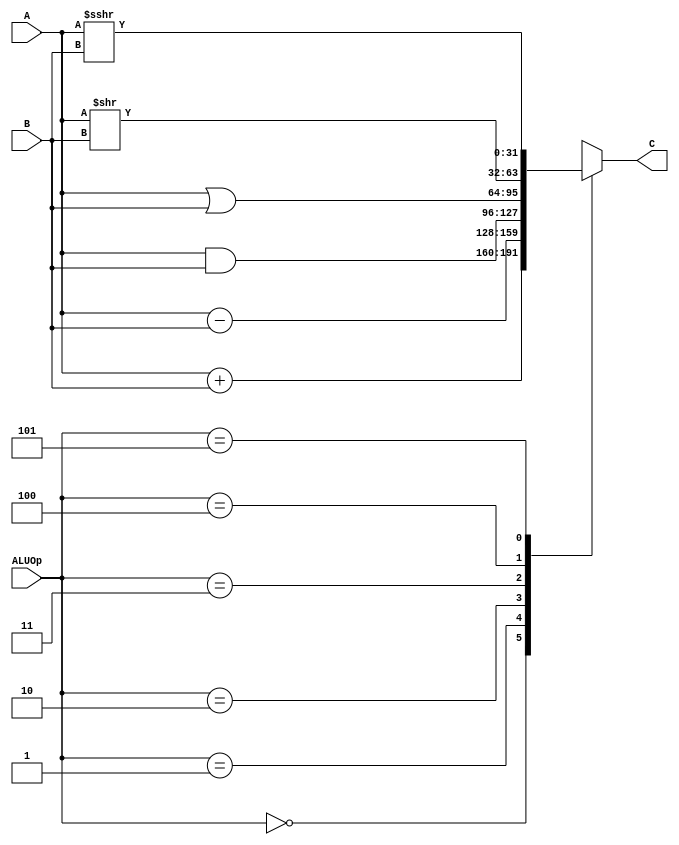
`timescale 1ns / 1ps
//////////////////////////////////////////////////////////////////////////////////
// Company: 
// Engineer: 
// 
// Design Name: 
// Module Name:    alu 
// Project Name: 
// Target Devices: 
// Tool versions: 
// Description: 
//
// Dependencies: 
//
// Revision: 
// Revision 0.01 - File Created
// Additional Comments: 
//
//////////////////////////////////////////////////////////////////////////////////
module alu(
    input [31:0] A,
    input [31:0] B,
    input [2:0] ALUOp,
    output reg [31:0] C
    );
	
	always @(*)begin
	case(ALUOp)
	
		3'b000: 
			 C = A + B;
		3'b001: 
			 C = A - B;
		3'b010: 
			 C = A & B;
		3'b011: 
			 C = A | B;
		3'b100: 
			 C = A >> B;
		3'b101: 
			 C = ($signed(A) >>> B);
		default: 
			 C = 32'bx;
	endcase
	end

endmodule